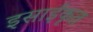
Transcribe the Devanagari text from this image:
इसाईकृत